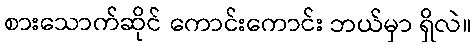
စားသောက်ဆိုင် ကောင်းကောင်း ဘယ်မှာ ရှိလဲ။